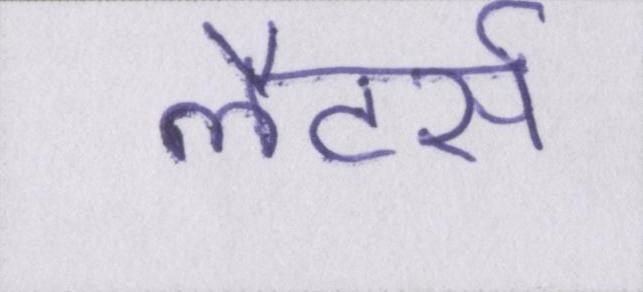
लैटर्स